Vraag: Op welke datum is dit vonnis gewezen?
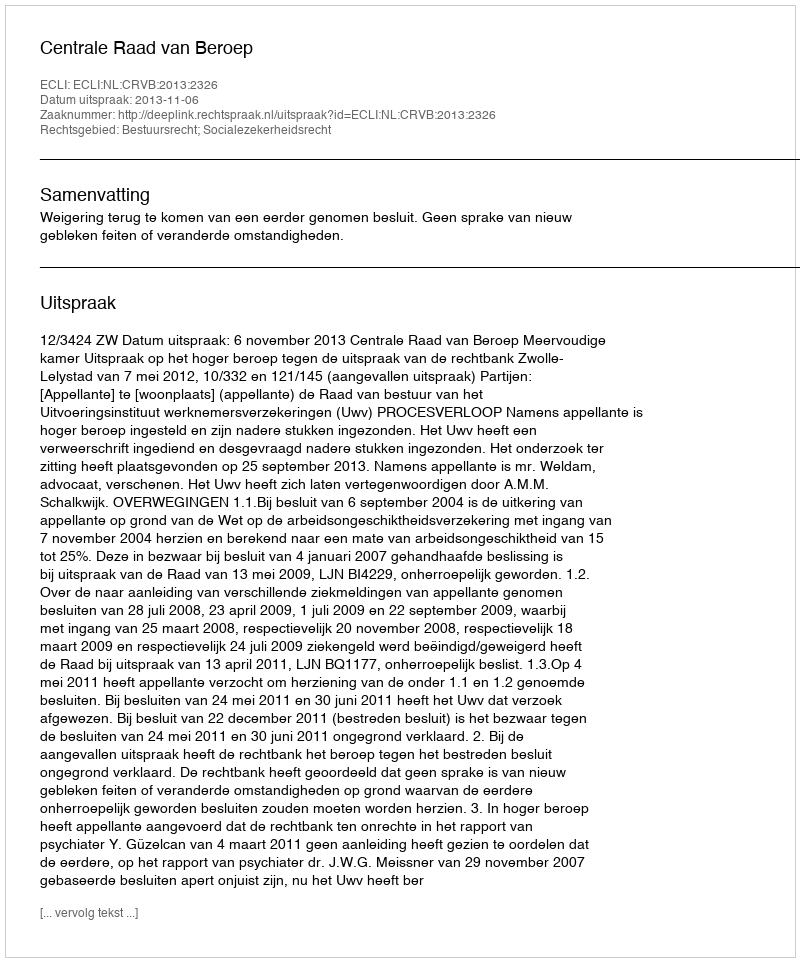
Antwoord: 2013-11-06